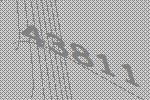
43811